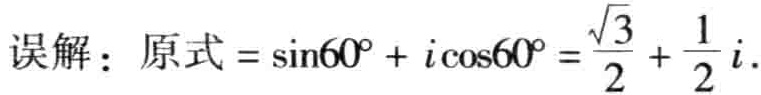
误解：原式$=\sin60^{\circ}+i\cos60^{\circ}=\frac{\sqrt{3}}{2}+\frac{1}{2}i.$